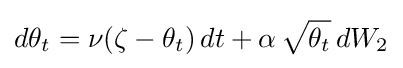
d\theta _{t}=\nu (\zeta -\theta _{t})\,dt+\alpha \,{\sqrt {\theta _{t}}}\,dW_{2}